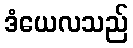
ဒံယေလသည်